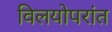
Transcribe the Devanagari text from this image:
विलयोपरांत